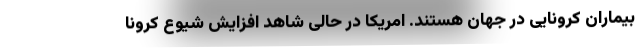
بیماران کرونایی در جهان هستند. امریکا در حالی شاهد افزایش شیوع کرونا